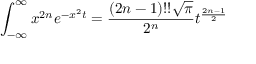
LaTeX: \int _ { - \infty } ^ { \infty } x ^ { 2 n } e ^ { - x ^ { 2 } t } = { \frac { ( 2 n - 1 ) ! ! { \sqrt { \pi } } } { 2 ^ { n } } } t ^ { \frac { 2 n - 1 } { 2 } }